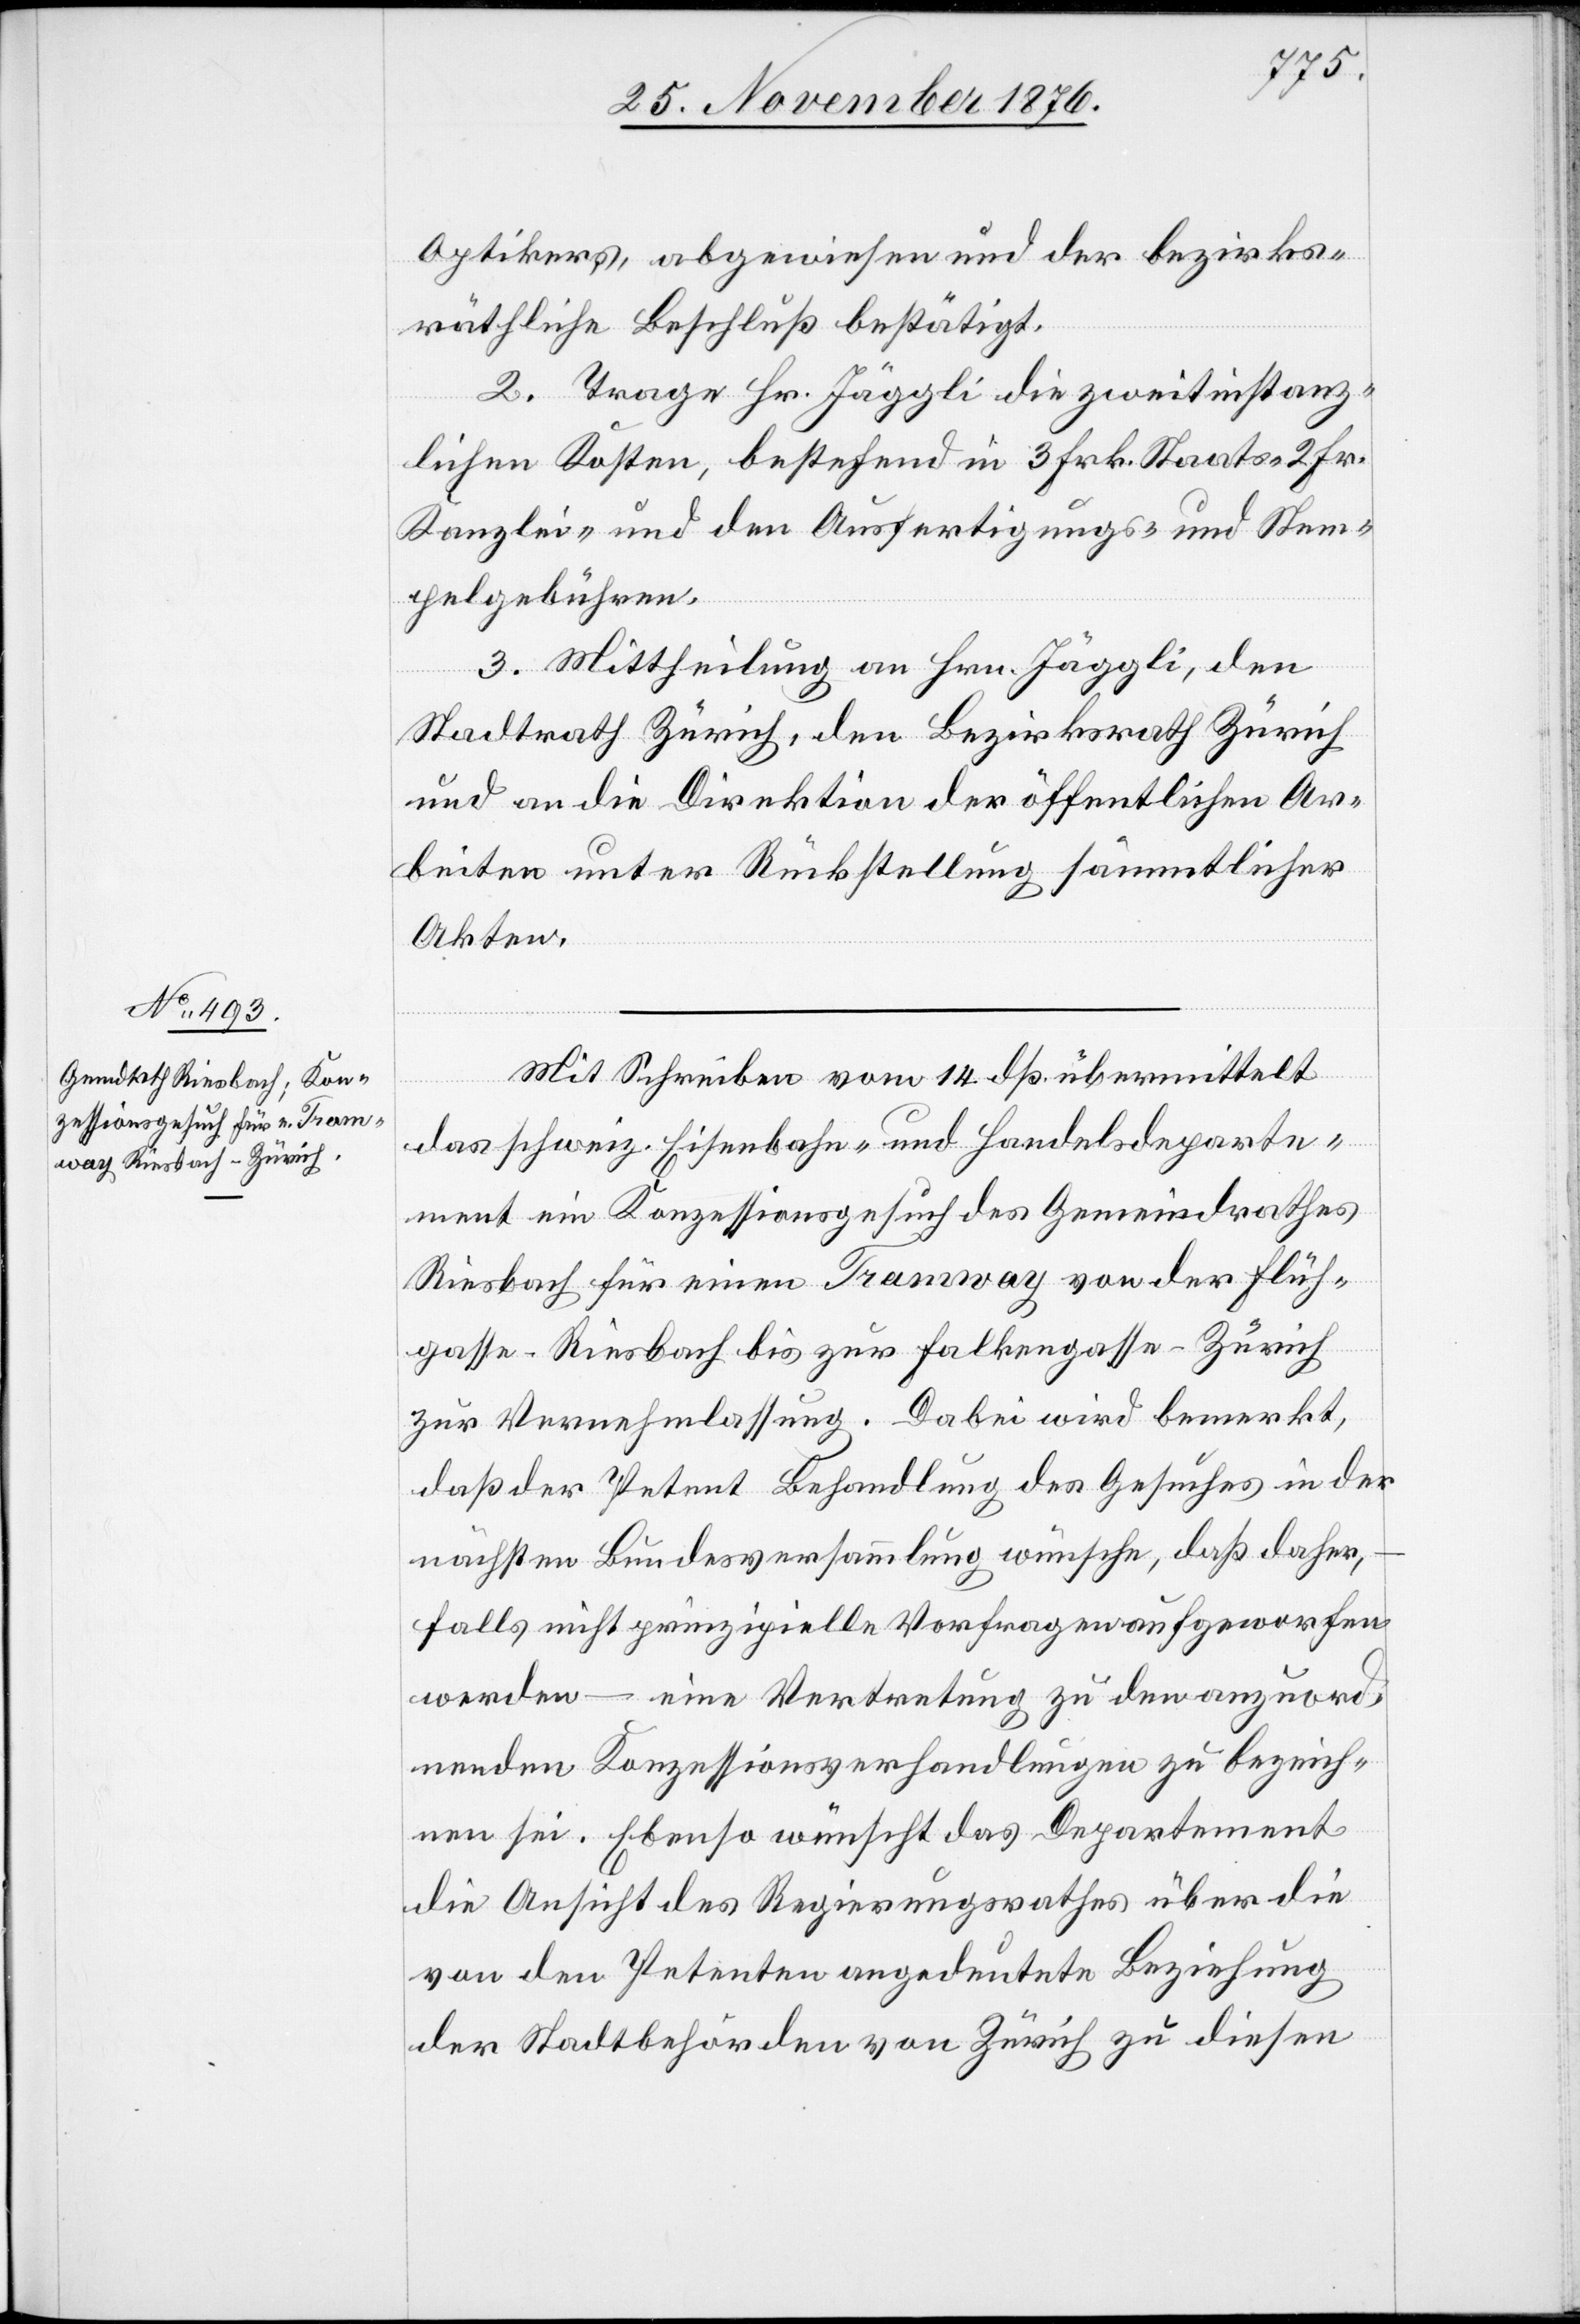
Optikers, abgewiesen und der bezirks¬
räthliche Beschluß bestätigt.
2. Trage Hr. Jäggli die zweitinstanz¬
lichen Kosten, bestehend in 3 Frk. Staats- 2 Frk.
Kanzlei- nebst den Ausfertigungs- und Stem¬
pelgebühren.
3. Mittheilung an Hrn. Jäggli, den
Stadtrath Zürich, den Bezirksrath Zürich
und an die Direktion der öffentlichen Ar¬
beiten unter Rückstellung sämmtlicher
Akten.
Mit Schreiben vom 14. dß. übermittelt
das schweiz. Eisenbahn- und Handelsdeparte¬
ment ein Konzessionsgesuch des Gemeindrathes
Riesbach für einen Tramway von der Flüh¬
gasse - Riesbach bis zur Falkengasse - Zürich
zur Vernehmlassung. Dabei wird bemerkt,
daß der Petent Behandlung des Gesuches in der
nächsten Bundesversammlung wünsche, daß daher,
falls nicht prinzipielle Vorfragen aufgeworfen
werden – eine Vertretung zu den anzuord¬
nenden Konzessionsverhandlungen zu bezeich¬
nen sei. Ebenso wünscht das Departement
die Ansicht des Regierungsrathes über die
von den Petenten angedeutete Beziehung
der Stadtbehörden von Zürich zu diesen